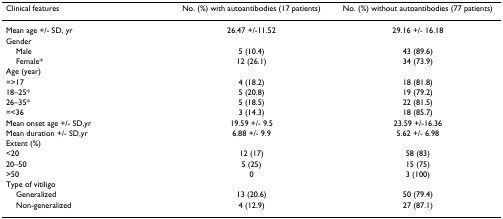
<table><thead><tr><td><b>Clinical features</b></td><td><b>No. (%) with autoantibodies (17 patients)</b></td><td><b>No. (%) without autoantibodies (77 patients)</b></td></tr></thead><tbody><tr><td>Mean age +/- SD, yr</td><td>26.47 +/-11.52</td><td>29.16 +/- 16.18</td></tr><tr><td>Gender</td><td></td><td></td></tr><tr><td> Male</td><td>5 (10.4)</td><td>43 (89.6)</td></tr><tr><td> Female*</td><td>12 (26.1)</td><td>34 (73.9)</td></tr><tr><td>Age (year)</td><td></td><td></td></tr><tr><td>=&gt;17</td><td>4 (18.2)</td><td>18 (81.8)</td></tr><tr><td>18–25*</td><td>5 (20.8)</td><td>19 (79.2)</td></tr><tr><td>26–35*</td><td>5 (18.5)</td><td>22 (81.5)</td></tr><tr><td>=&lt;36</td><td>3 (14.3)</td><td>18 (85.7)</td></tr><tr><td>Mean onset age +/- SD,yr</td><td>19.59 +/- 9.5</td><td>23.59 +/-16.36</td></tr><tr><td>Mean duration +/- SD,yr</td><td>6.88 +/- 9.9</td><td>5.62 +/- 6.98</td></tr><tr><td>Extent (%)</td><td></td><td></td></tr><tr><td>&lt;20</td><td>12 (17)</td><td>58 (83)</td></tr><tr><td>20–50</td><td>5 (25)</td><td>15 (75)</td></tr><tr><td>&gt;50</td><td>0</td><td>3 (100)</td></tr><tr><td>Type of vitiligo</td><td></td><td></td></tr><tr><td> Generalized</td><td>13 (20.6)</td><td>50 (79.4)</td></tr><tr><td> Non-generalized</td><td>4 (12.9)</td><td>27 (87.1)</td></tr></tbody></table>